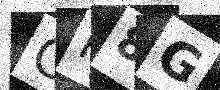
Text: GP8G